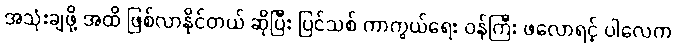
အသုံးချဖို့ အထိ ဖြစ်လာနိုင်တယ် ဆိုပြီး ပြင်သစ် ကာကွယ်ရေး ဝန်ကြီး ဖလောရင့် ပါလေက